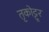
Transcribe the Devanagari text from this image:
तृकोट्टूर